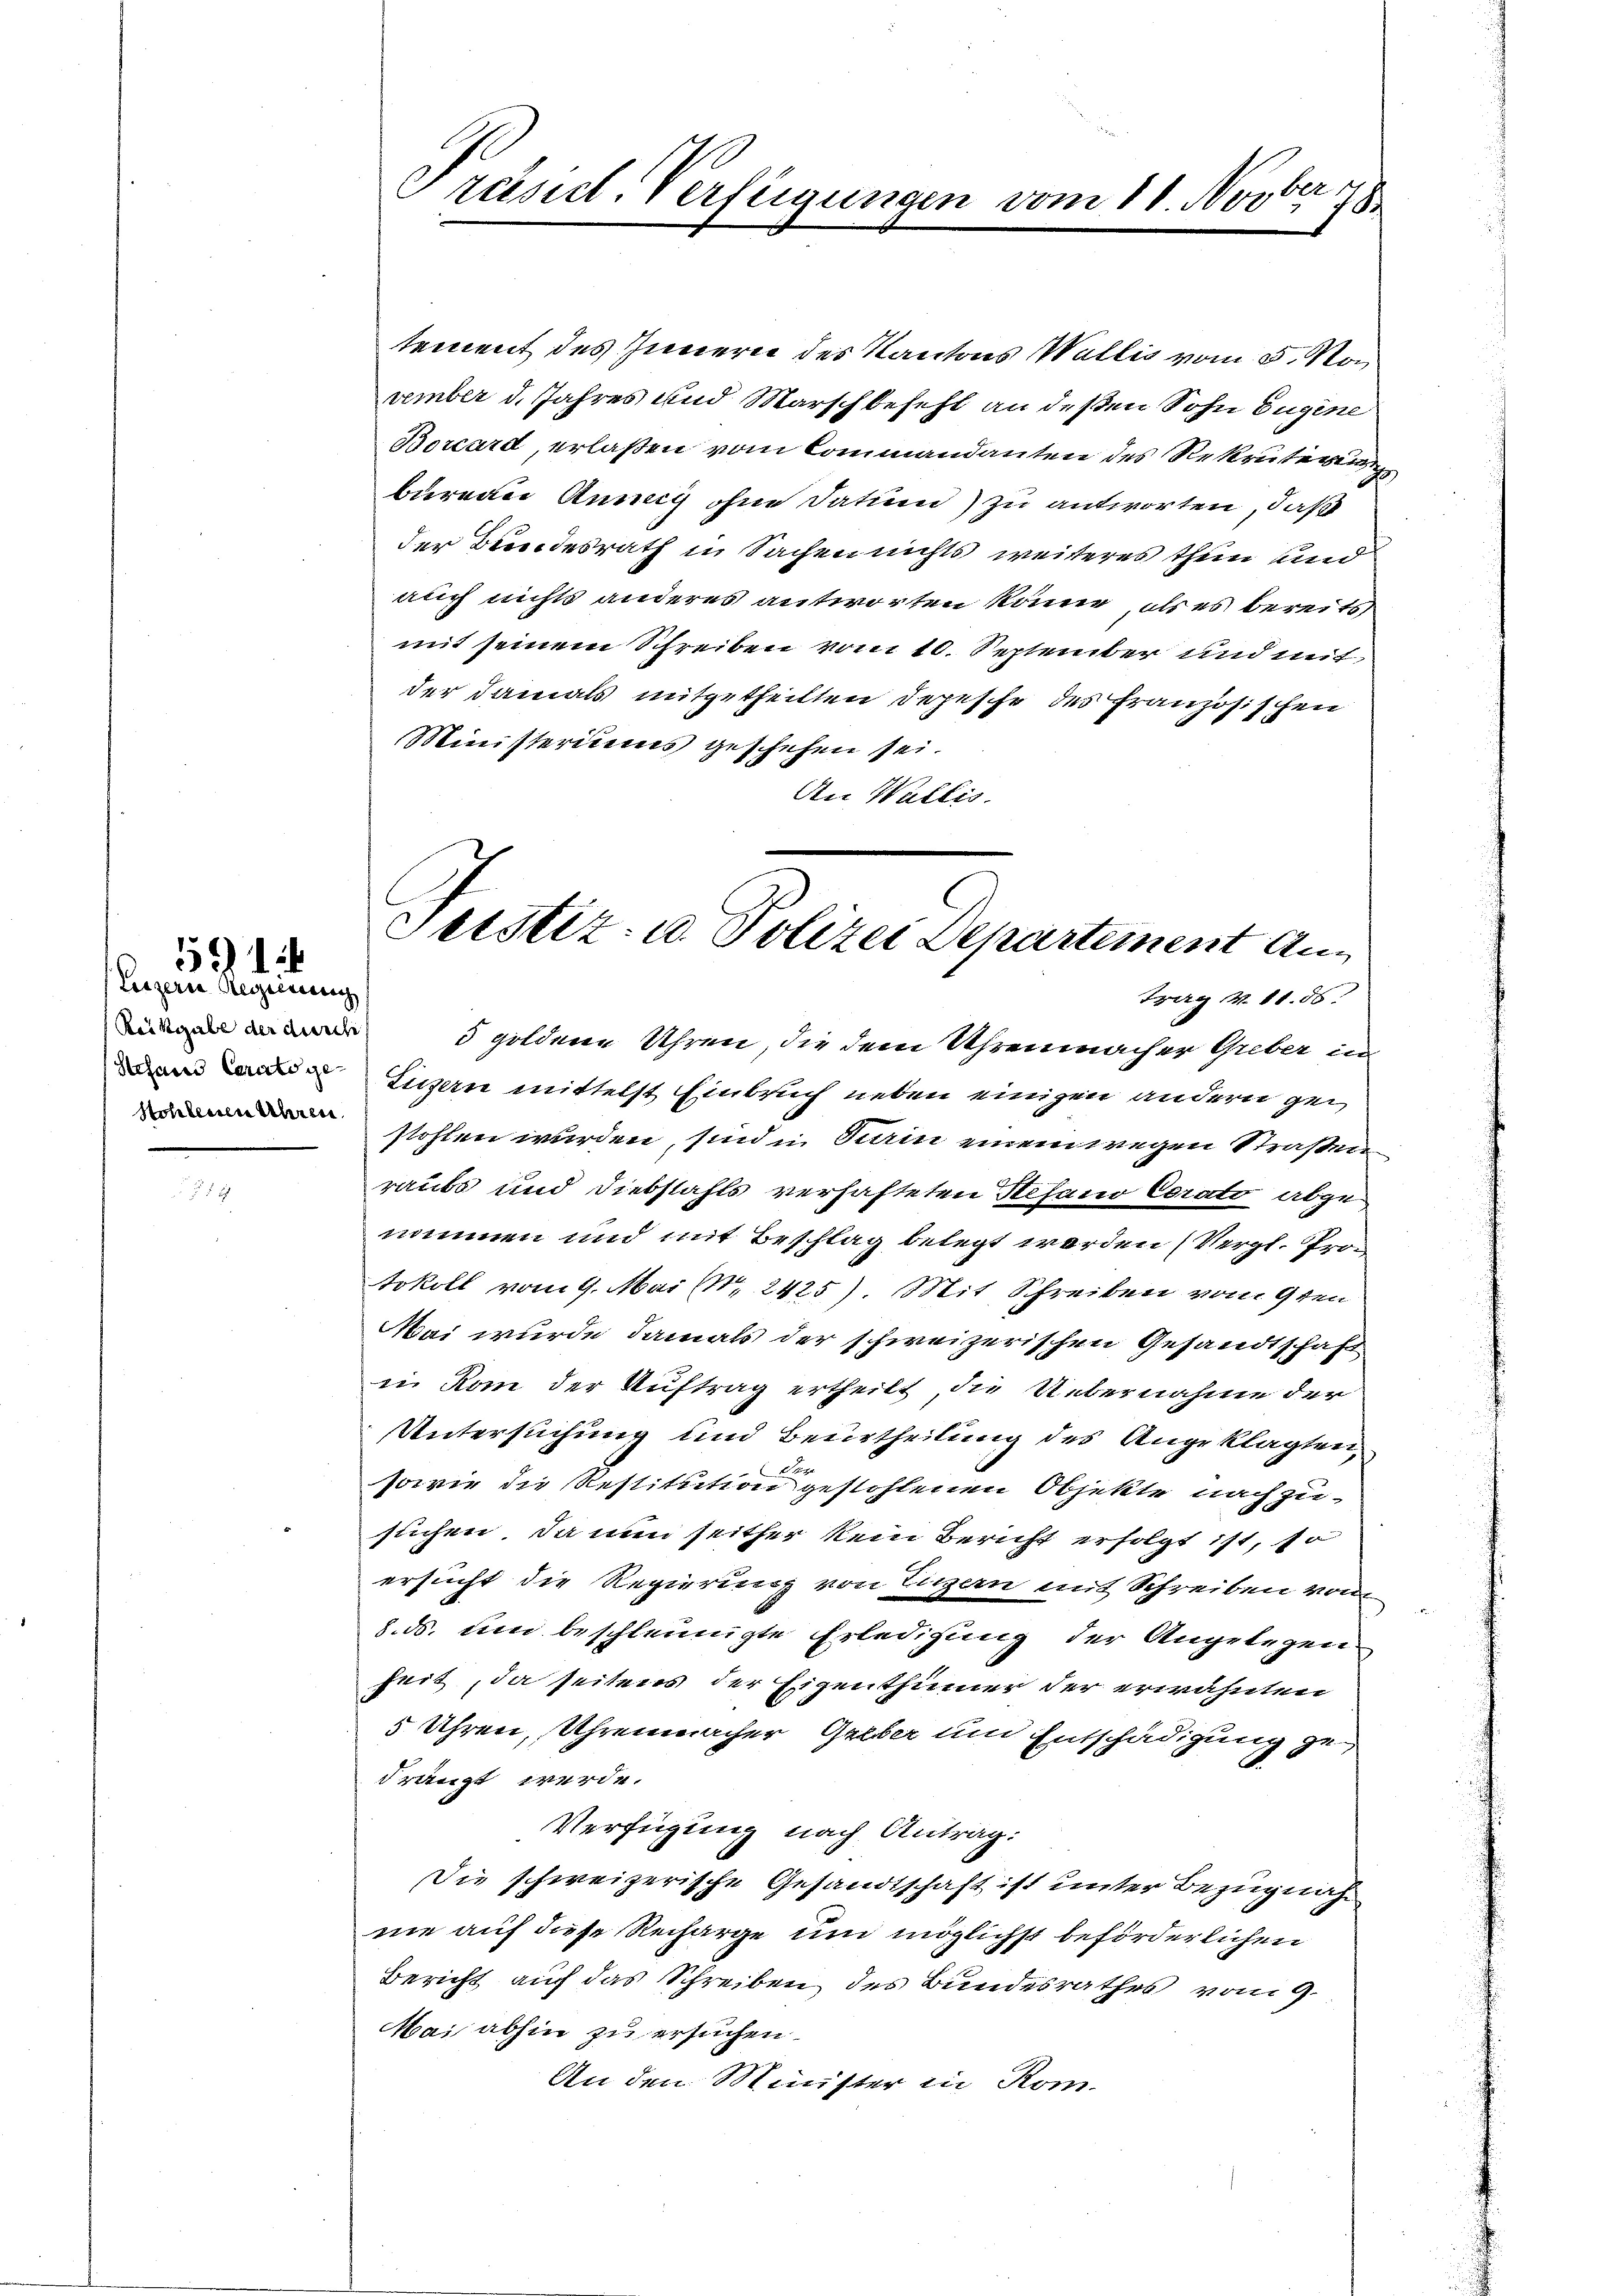
Luzern Regierung
Raingabe der durch
Stohlenen Uhren.

591

tement des Innern des Kantons Wallis vom 5. No
vember d. Jahres und Marsch befehl an deßen Sohn Eugine
Borcard, erlaßen vom Commandanten des Rekruterung
bureau Anna ohne Datum) zu antworten, daß
der Bundesrath in Sachen nichts weiteres thein und
auch nichts anderes antworten könne, als es bereits,
mit seinem Schreiben vom 10. September und mit
der damals mitgetheilten Depesche des Französischen
Ministeriums geschehen sei.
An Wallis.

21
Präsict-Verfügungen vom 11. Novbr. 188

Justiz- u. Polizei Departement An¬

Frag v. 11. 86.
5 goldene Uhren, die dem Uhrenmacher Greber in
 Luzern mittelst Einbruch neben einigen andern gestohlen wurden sind in Sein einem wegen Straßen
raubt und Diebstahls verhafteten Stefano Corato abgenommen und mit Beschlag belegt werden (Vergl. Protokoll vom 9. Mai (Nr. 2425) Mit Schreiben vom 9ten
Mai wurde damals der schweizerischen Gesandtschäft
ii Rom der Auftrag ertheilt, die Uebernahme der
Untersuchung und Beurtheilung des Angeklagten,

sowie die Restitution gestohlenen Objekte nachzusuchen, da nun seither kein Bericht erfolgt ist, so
ersucht die Regierung von Legern mit Schreiben vom
8. ds. um beschleunigte Erledigung der Angelegen
heit, da seitens der Eigenthümer der erwähnten
5 Uhren, Uhrenmacher Gelber und Entschädigung gedrängt werde.
Verfügung nach Antrag:
Die schweizerische Gesandtschaft ist unter Bezugnah
nie auf diese Recharge um möglichst beförderlichen
Bericht auf das Schreiben des Bundesrathes vom 9.
Mai abhin zu ersuchen.
An den Minister in Kom-